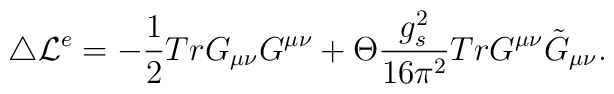
\triangle {\cal L}^e = - \frac{1}{2} Tr  G_{\mu \nu} G^{\mu \nu} + \Theta\frac{g_s^2}{16 \pi^2} Tr G^{\mu \nu} \tilde G_{\mu \nu} .